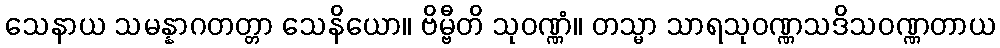
သေနာယ သမန္နာဂတတ္တာ သေနိယော။ ဗိမ္ဗီတိ သုဝဏ္ဏံ။ တသ္မာ သာရသုဝဏ္ဏသဒိသဝဏ္ဏတာယ